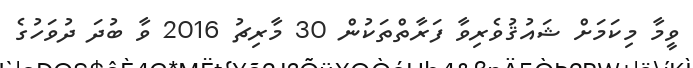
ވީމާ މިކަމަށް ޝައުޤުވެރިވާ ފަރާތްތަކުން 30 މާރިޗު 2016 ވާ ބުދަ ދުވަހުގެ